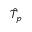
\hat { T } _ { p }